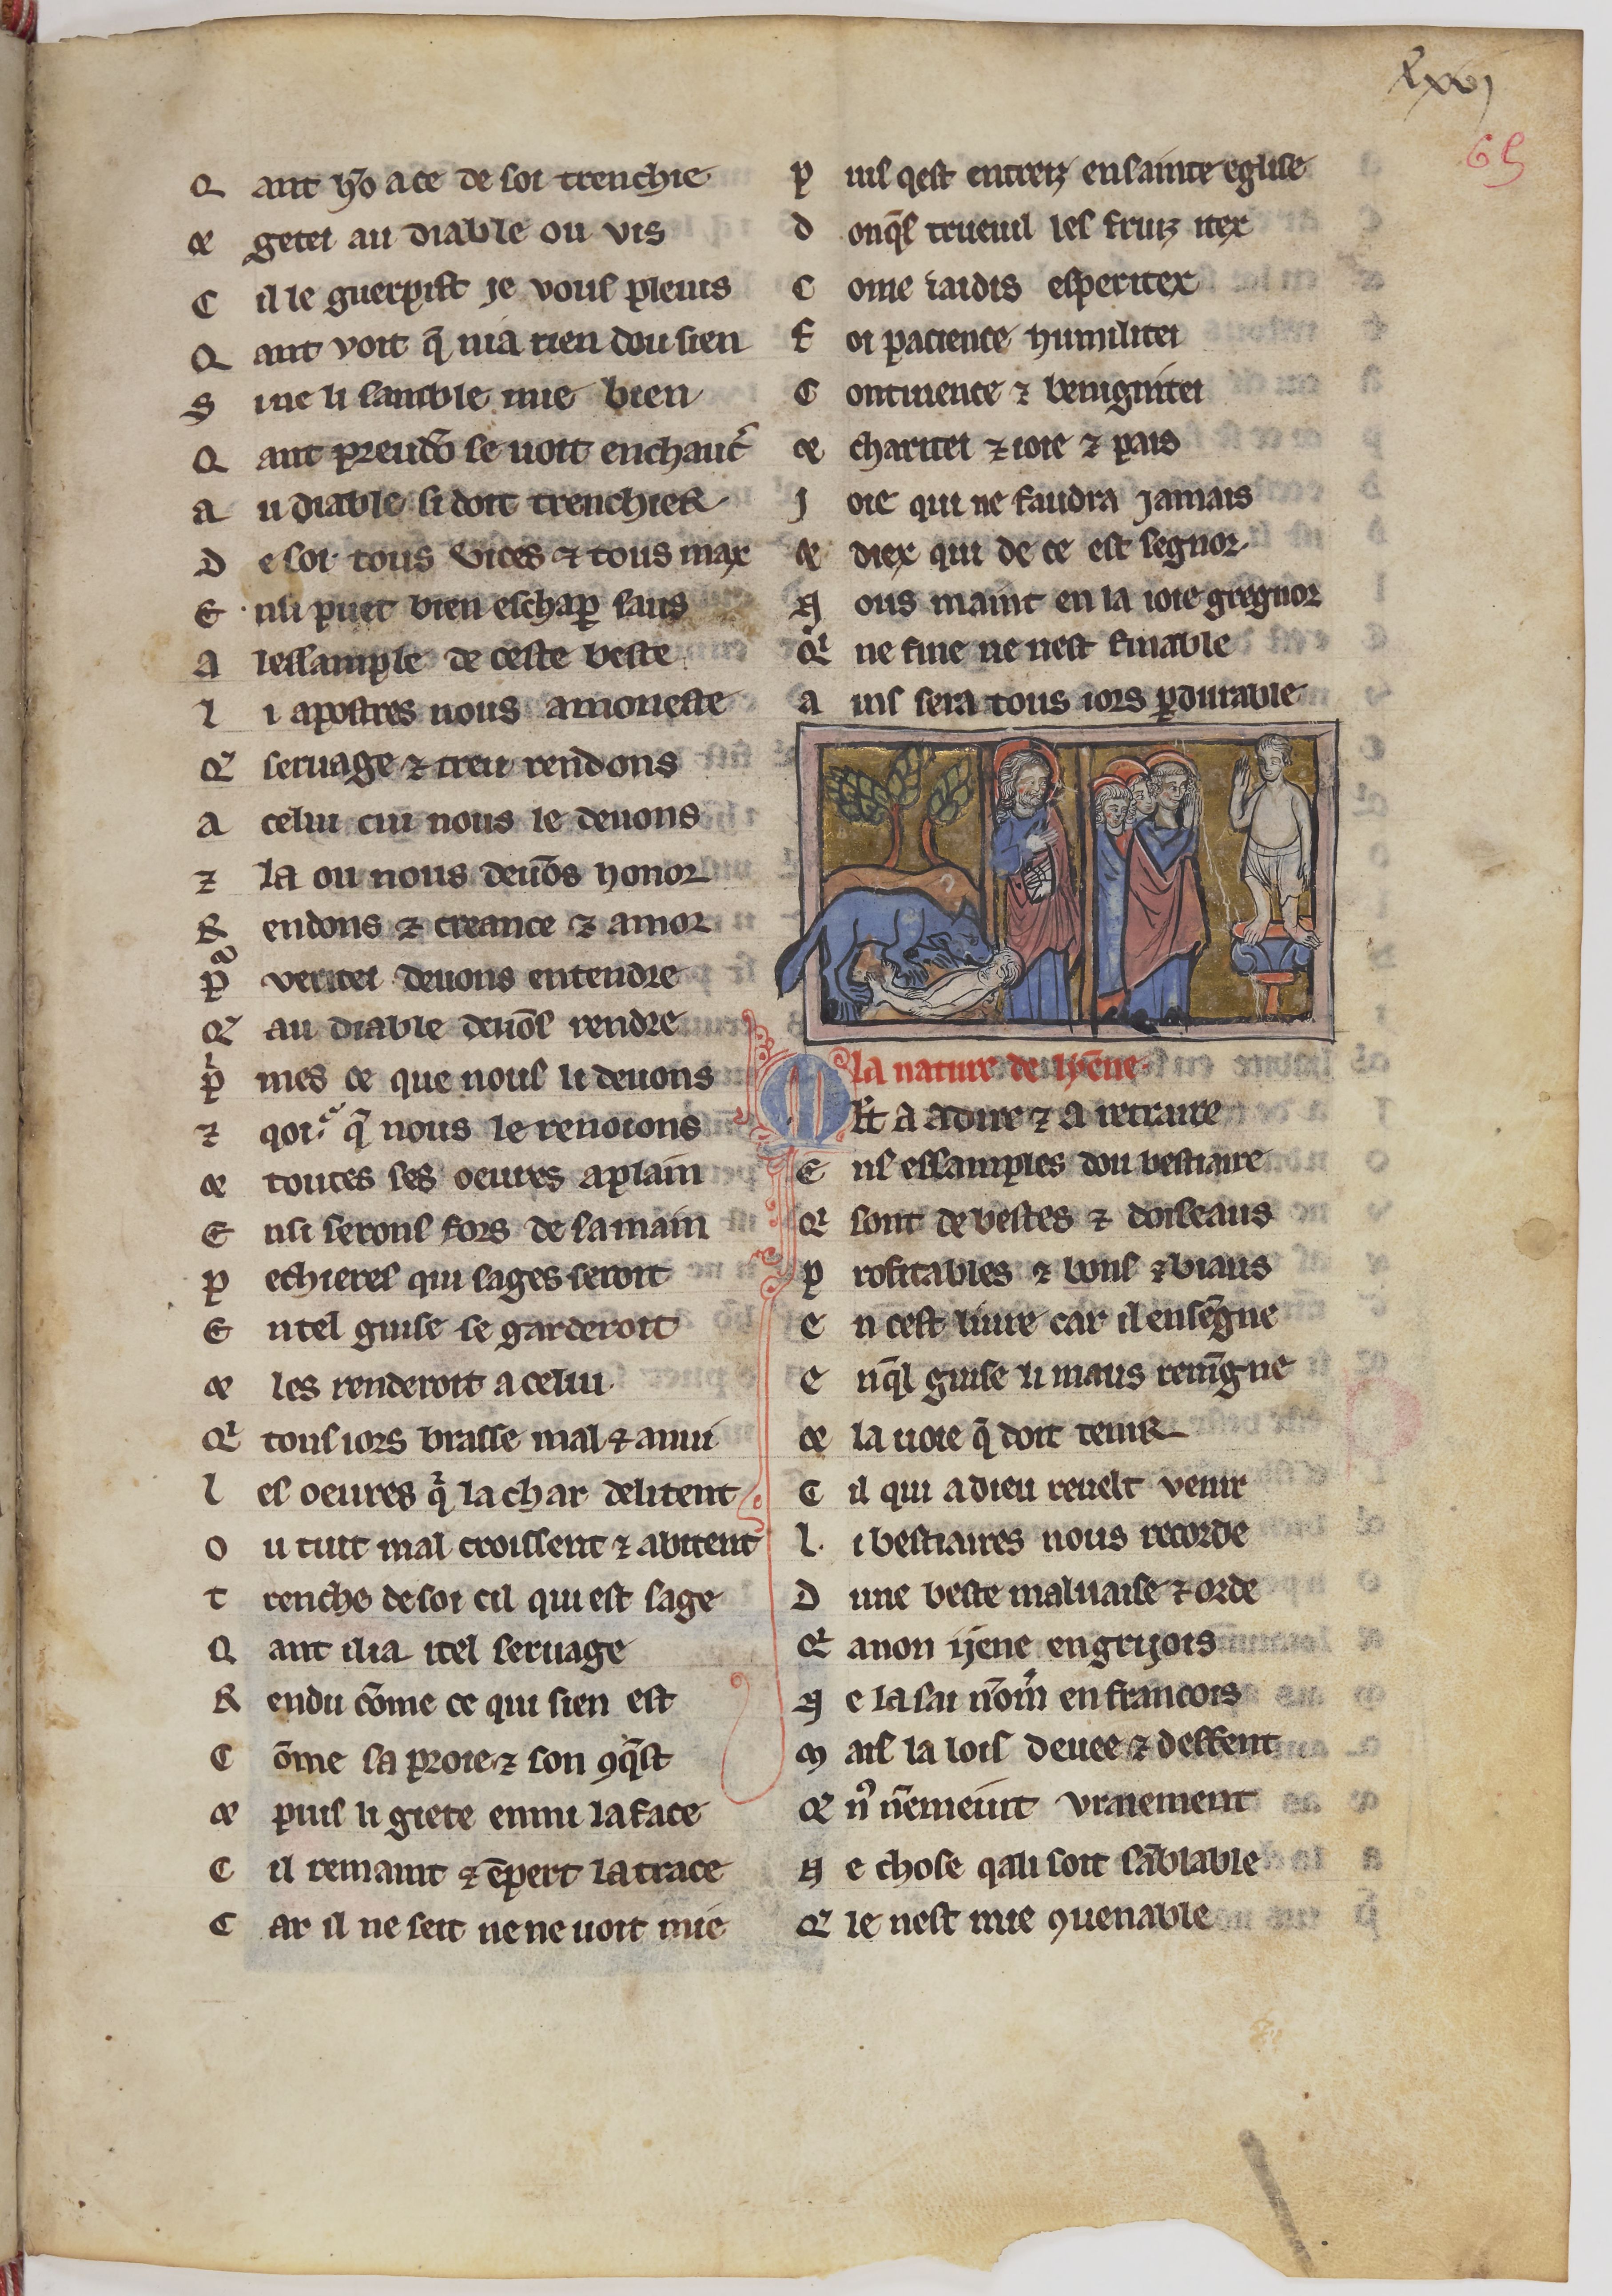
Shelfmark: Paris, BnF, fr. 24428
Century: 13